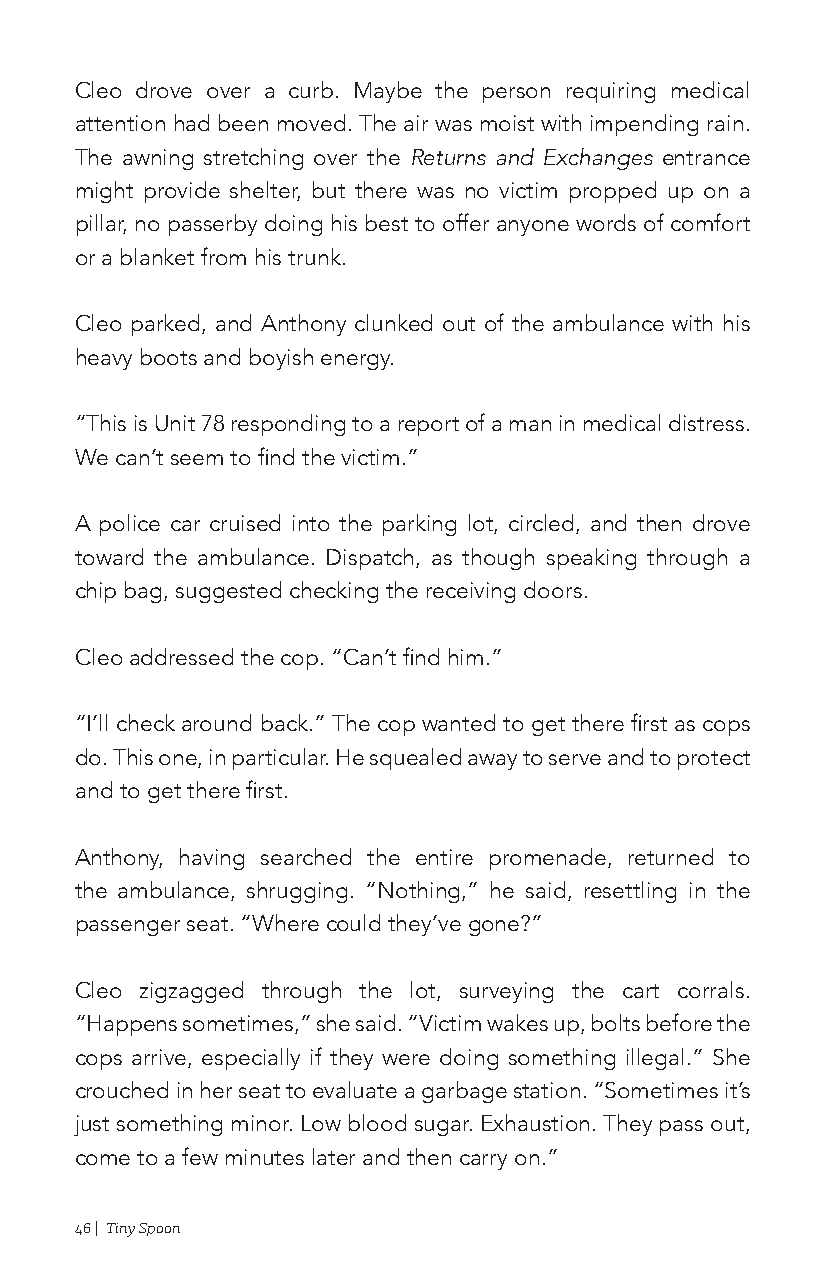
Cleo drove over a curb. Maybe the person requiring medical
 attention had been moved. The air was moist with impending rain.
 The awning stretching over the Returns and Exchanges entrance
 might provide shelter, but there was no victim propped up on a
 pillar, no passerby doing his best to offer anyone words of comfort
 or a blanket from his trunk.
 Cleo parked, and Anthony clunked out of the ambulance with his
 heavy boots and boyish energy.
 “This is Unit 78 responding to a report of a man in medical distress.
 We can’t seem to find the victim.”
 A police car cruised into the parking lot, circled, and then drove
 toward the ambulance. Dispatch, as though speaking through a
 chip bag, suggested checking the receiving doors.
 Cleo addressed the cop. “Can’t find him.”
 “I’ll check around back.” The cop wanted to get there first as cops
 do. This one, in particular. He squealed away to serve and to protect
 and to get there first.
 Anthony, having searched the entire promenade, returned to
 the ambulance, shrugging. “Nothing,” he said, resettling in the
 passenger seat. “Where could they’ve gone?”
 Cleo zigzagged through the lot, surveying the cart corrals.
 “Happens sometimes,” she said. “Victim wakes up, bolts before the
 cops arrive, especially if they were doing something illegal.” She
 crouched in her seat to evaluate a garbage station. “Sometimes it’s
 just something minor. Low blood sugar. Exhaustion. They pass out,
 come to a few minutes later and then carry on.”
 46 | Tiny Spoon